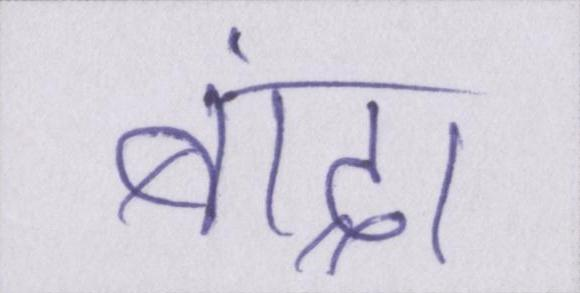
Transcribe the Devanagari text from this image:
बांद्रा